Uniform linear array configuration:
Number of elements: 48
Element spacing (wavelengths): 1
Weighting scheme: hamming
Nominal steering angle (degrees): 45
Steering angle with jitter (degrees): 44.218
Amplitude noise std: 0.05
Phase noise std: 0.05

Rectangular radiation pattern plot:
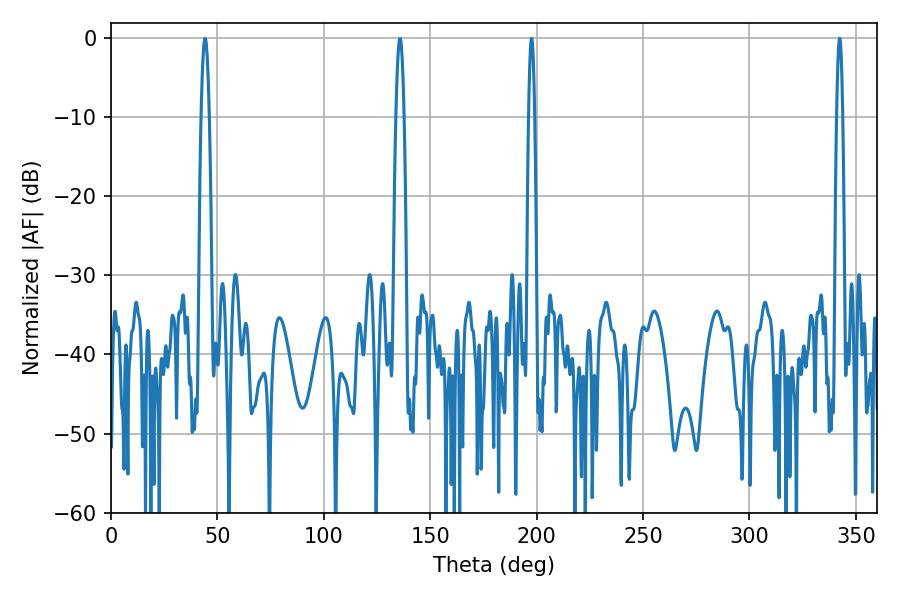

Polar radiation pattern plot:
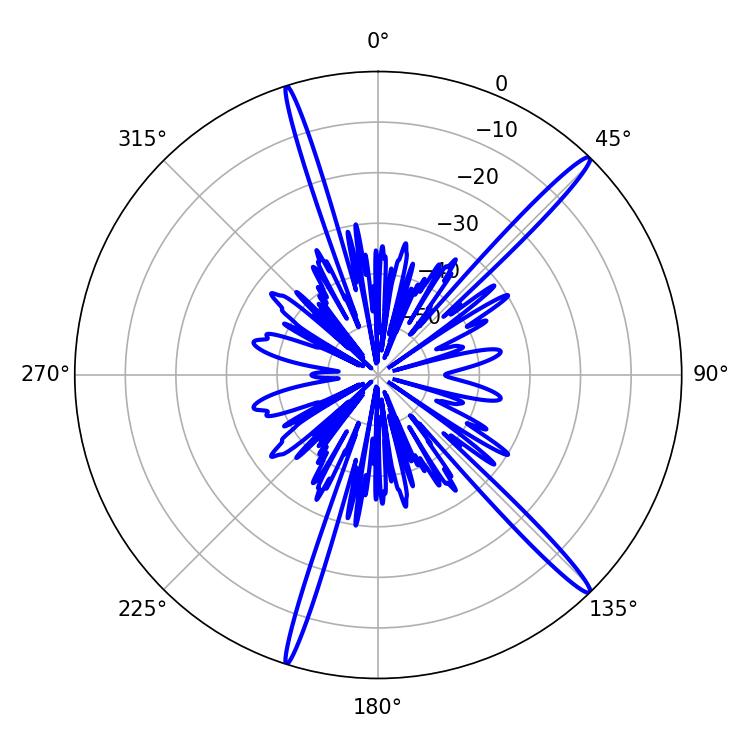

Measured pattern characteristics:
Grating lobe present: TRUE
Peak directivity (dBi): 17.213
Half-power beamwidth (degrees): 1.44
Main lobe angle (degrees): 342.36